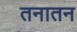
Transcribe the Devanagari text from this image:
तनातन